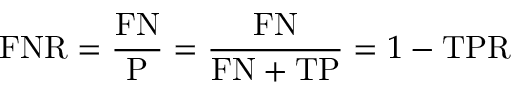
\mathrm { F N R } = { \frac { \mathrm { F N } } { \mathrm { P } } } = { \frac { \mathrm { F N } } { \mathrm { F N } + \mathrm { T P } } } = 1 - \mathrm { T P R }